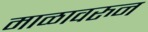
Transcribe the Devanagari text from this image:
माळावरुन